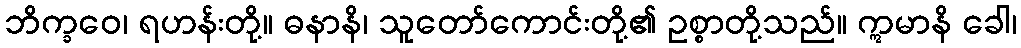
ဘိက္ခဝေ၊ ရဟန်းတို့။ ဓနာနိ၊ သူတော်ကောင်းတို့၏ ဥစ္စာတို့သည်။ ဣမာနိ ခေါ၊